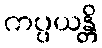
ကပ္ပယန္တိ